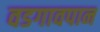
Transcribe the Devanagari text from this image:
वडगावपान